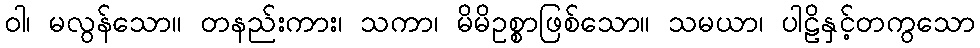
ဝါ၊ မလွန်သော။ တနည်းကား၊ သကာ၊ မိမိဥစ္စာဖြစ်သော။ သမယာ၊ ပါဠိနှင့်တကွသော